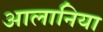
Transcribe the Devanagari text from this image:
आलानिया